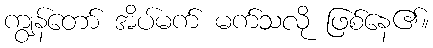
ကျွန်တော် အိပ်မက် မက်သလို ဖြစ်နေ၏။